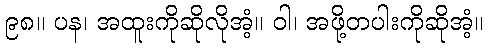
၉၈။ ပန၊ အထူးကိုဆိုလိုအံ့။ ဝါ၊ အဖို့တပါးကိုဆိုအံ့။